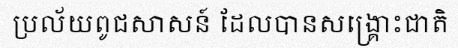
ប្រល័យពូជសាសន៍ ដែលបានសង្គ្រោះជាតិ